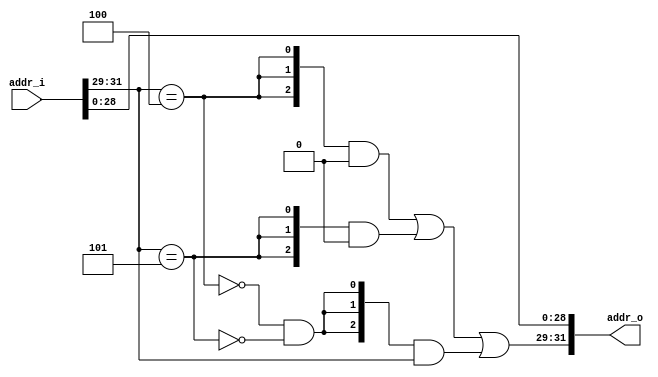
module mmu (
    input wire[31:0] addr_i,
    output wire [31:0] addr_o
);
    wire [2:0] addr_head_i, addr_head_o;
    wire kseg0, kseg1, other_seg;

    assign addr_head_i = addr_i[31:29];
    
    assign kseg0 = addr_head_i == 3'b100;
    assign kseg1 = addr_head_i == 3'b101;

    assign other_seg = ~kseg0 & ~kseg1;

    assign addr_head_o = {3{kseg0}}&3'b000 | {3{kseg1}}&3'b000 | {3{other_seg}}&addr_head_i;
    
    assign addr_o = {addr_head_o, addr_i[28:0]};

endmodule